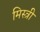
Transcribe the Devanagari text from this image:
मिस्‍त्री